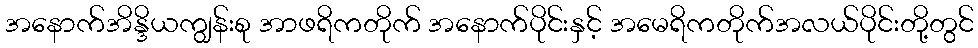
အနောက်အိန္ဒိယကျွန်းစု အာဖရိကတိုက် အနောက်ပိုင်းနှင့် အမေရိကတိုက်အလယ်ပိုင်းတို့တွင်